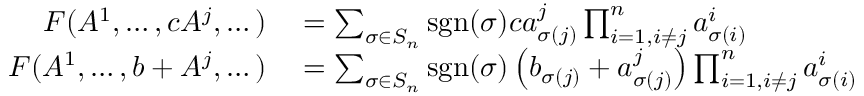
\begin{array} { r l } { F ( A ^ { 1 } , \dots , c A ^ { j } , \dots ) } & { { } = \sum _ { \sigma \in S _ { n } } \operatorname { s g n } ( \sigma ) c a _ { \sigma ( j ) } ^ { j } \prod _ { i = 1 , i \neq j } ^ { n } a _ { \sigma ( i ) } ^ { i } } \\ { F ( A ^ { 1 } , \dots , b + A ^ { j } , \dots ) } & { { } = \sum _ { \sigma \in S _ { n } } \operatorname { s g n } ( \sigma ) \left( b _ { \sigma ( j ) } + a _ { \sigma ( j ) } ^ { j } \right) \prod _ { i = 1 , i \neq j } ^ { n } a _ { \sigma ( i ) } ^ { i } } \end{array}